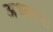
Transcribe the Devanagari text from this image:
अध्यायः